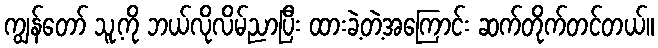
ကျွန်တော် သူ့ကို ဘယ်လိုလိမ်ညာပြီး ထားခဲ့တဲ့အကြောင်း ဆက်တိုက်တင်တယ်။